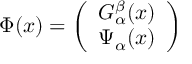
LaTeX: \Phi ( x ) = \left( \begin{array} { c } { { G _ { \alpha } ^ { \beta } ( x ) } } \\ { { \Psi _ { \alpha } ( x ) } } \end{array} \right)